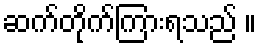
ဆက်တိုက်ကြားရသည် ။